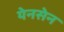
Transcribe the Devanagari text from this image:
येनसेन